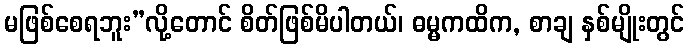
မဖြစ်စေရဘူး”လို့တောင် စိတ်ဖြစ်မိပါတယ်၊ ဓမ္မကထိက, စာချ နှစ်မျိုးတွင်